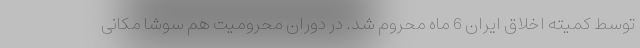
توسط کمیته اخلاق ایران 6 ماه محروم شد. در دوران محرومیت هم سوشا مکانی